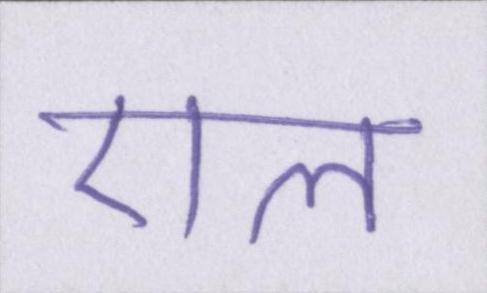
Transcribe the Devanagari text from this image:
एल